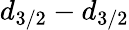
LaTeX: d_{3/2}-d_{3/2}